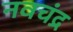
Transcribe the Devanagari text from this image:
नवचंद्र